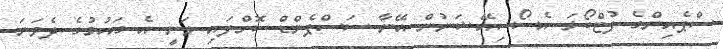
ސްޕެއިންގެ ފުޓްބޯޅަ އެސޯސިއޭޝަނުން އޭނާ ސަސްޕެންޑް ކޮށްފައި ވަނީ އެ ގައުމުގެ ދެވަނަ